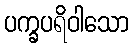
ပက္ခပရိဝါသော